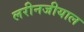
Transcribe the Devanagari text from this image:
लरीनजीयाल